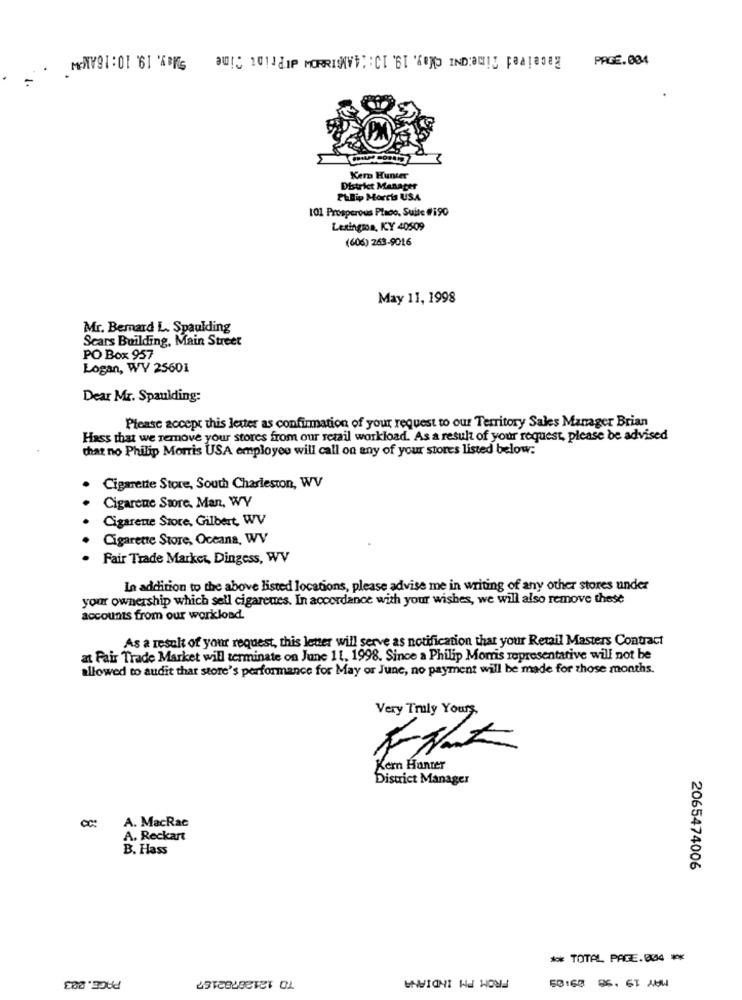
Kern Hunter
District Manager
Philip Morris USA
101 Prosperous Place, Suite #190
Lexington, KY 40509
(606) 263-9016
May 11, 1998
Mr. Bemard L. Spaulding
Scars Building, Main Street
PO Box 957
Logan, WV 25601
Dear Mr. Spaulding:
Please accept this letter as confirmation of your request to our Territory Sales Manager Brian
Hass that we remove your stores from our retail workload. As a result of your request, please be advised
that no Philip Morris USA employee will call on any of your stores listed below:
Cigarette Store, South Charleston, WV
Cigarene Swore. Man, WY
Cigarette Store, Gilbert, WV
Cigarette Store, Oceana, WV
. Fair Trade Market, Dingess, WV
In addition to the above listed locations, please advise me in writing of any other stores under
your ownership which sell cigaretes. In accordance with your wishes, we will also remove these
accounts from our workload.
As a result of your request, this letter will serve as notification that your Retail Masters Contract
at Fair Trade Market will terminate on June 11, 1998. Since a Philip Morris representative will not be
allowed to audit that store's performance for May or June, no payment will be made for those months.
Very Truly Yours
Kem Hanter
District Manager
A. MacRac
A. Reckart
B. Hass
2065474006
** TOTAL PAGE.004 **
PAGE. 003
FROM PM INDIANA